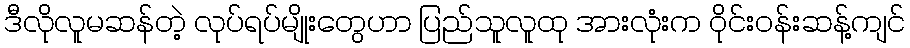
ဒီလိုလူမဆန်တဲ့ လုပ်ရပ်မျိုးတွေဟာ ပြည်သူလူထု အားလုံးက ဝိုင်းဝန်းဆန့်ကျင်